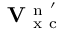
\mathbf { V } _ { \mathrm { ~ x ~ c ~ } } ^ { \mathrm { ~ n ~ } ^ { \prime } }